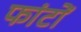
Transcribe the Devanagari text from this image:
फांटों